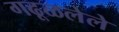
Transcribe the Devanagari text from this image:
गढूळलेले